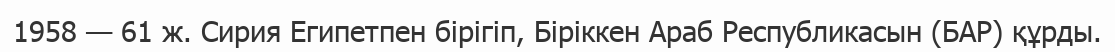
1958 — 61 ж. Сирия Египетпен бірігіп, Біріккен Араб Республикасын (БАР) құрды.